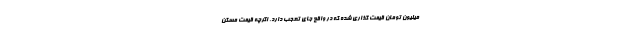
میلیون تومان قیمت گذاری شده که در واقع جای تعجب دارد. اگرچه قیمت مسکن